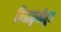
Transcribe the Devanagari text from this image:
चित्राकृतीतून